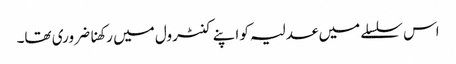
اس سلسلے میں عدلیہ کو اپنے کنٹرول میں رکھنا ضروری تھا۔